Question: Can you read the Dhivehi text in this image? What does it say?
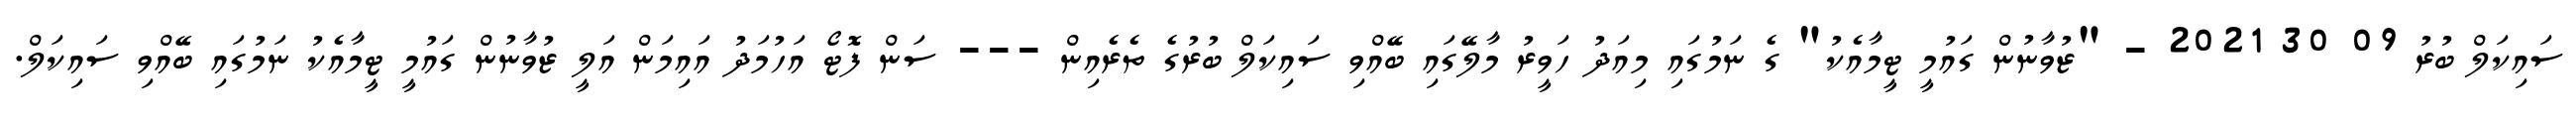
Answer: ސައިކަލް ބުރު 09 30 2021 - "ޒުވާނުން ގައުމީ ޓީމާއެކު" ގެ ނަމުގައި މިއަދު ހަވީރު މާލޭގައި ބޭއްވި ސައިކަލް ބުރުގެ ތެރެއިން --- ސަން ފޮޓޯ އަހުމަދު އައިމަން އަލީ ޒުވާނުން ގައުމީ ޓީމާއެކު ނަމުގައި ބޭއްވި ސައިކަލް.